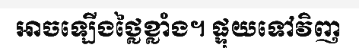
អាចឡើងថ្លៃខ្លាំង។ ផ្ទុយទៅវិញ